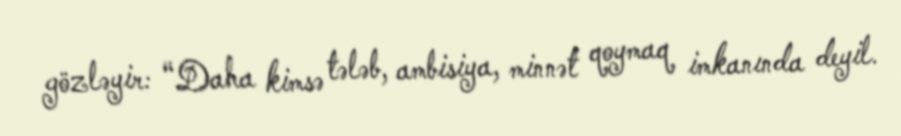
gözləyir: “Daha kimsə tələb, ambisiya, minnət qoymaq imkanında deyil.